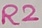
Text: R2